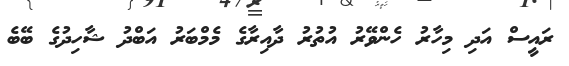
ރައީސް އަދި މިހާރު ހެންވޭރު އުތުރު ދާއިރާގެ މެމްބަރު އަބްދު ޝާހިދުގެ ބޭބެ